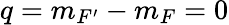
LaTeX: q=m_{F^{\prime}}-m_{F}=0